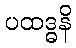
ပထဒ္ဓနိ